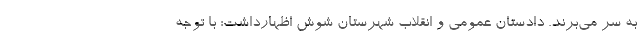
به سر می‌برند. دادستان عمومی و انقلاب شهرستان شوش اظهارداشت: با توجه